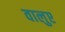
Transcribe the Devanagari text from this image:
वालुए